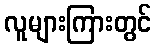
လူများကြားတွင်